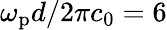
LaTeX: \omega_{\mathrm{p}}d/2\pi c_{0}=6